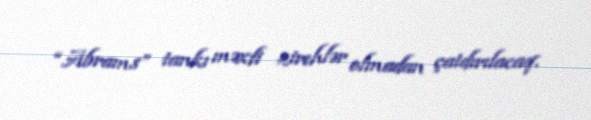
“Abrams” tankı məxfi zirehlər olmadan çatdırılacaq.